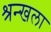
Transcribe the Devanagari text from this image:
श्रन्खला